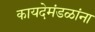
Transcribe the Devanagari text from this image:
कायदेमंडळांना